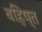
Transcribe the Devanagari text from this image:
बहिष्त